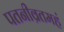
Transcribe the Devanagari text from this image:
पतनीव्रतमहं